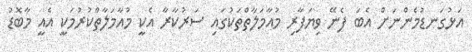
އަޅުގަނޑުމެންނަށް އެބަ ފެނޭ ވިޔަފާރި މުއާމަލާތްތަކުގައި ސަރުކާރާ އެކީ މުއާމަލާތްކުރުމަކީ އެއީ މާބޮޑު